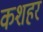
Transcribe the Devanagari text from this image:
कशहर